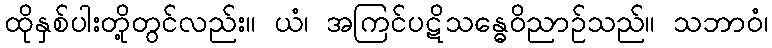
ထိုနှစ်ပါးတို့တွင်လည်း။ ယံ၊ အကြင်ပဋိသန္ဓေဝိညာဉ်သည်။ သဘာဝံ၊